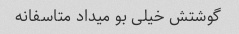
گوشتش خیلی بو میداد متاسفانه